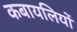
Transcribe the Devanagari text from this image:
कबायलियों